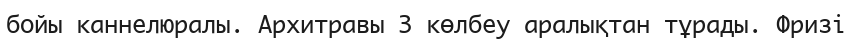
бойы каннелюралы. Архитравы 3 көлбеу аралықтан тұрады. Фризі